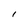
Character: I